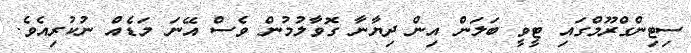
ސިޓިންގްރޫމްގައި ޓީވީ ބަލަން އިން ދިޔާނާ ގޮވާލުމުން ވެސް އޭނަ މަޑެއް ނުކުރިއެވެ.